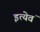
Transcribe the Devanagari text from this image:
इत्येवं